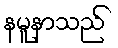
နမူနာသည်